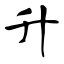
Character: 升